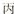
丙